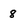
Character: 8